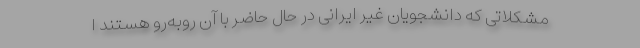
مشکلاتی که دانشجویان غیر ایرانی در حال حاضر با آن روبه‌رو هستند ا